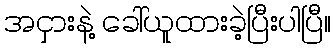
အငှားနဲ့ ခေါ်ယူထားခဲ့ပြီးပါပြီ။